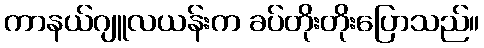
ကာနယ်ဂျူလယန်းက ခပ်တိုးတိုးပြောသည်။